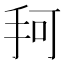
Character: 𰓎